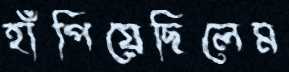
হাঁপিয়েছিলেম